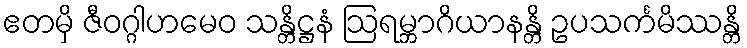
ဧတမှိ ဇီဝဂ္ဂါဟမေဝ သန္တိဋ္ဌနံ ဩရမ္ဘာဂိယာနန္တိ ဥပသင်္ကမိဿန္တိ